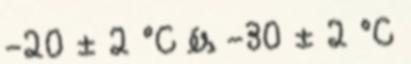
-20 ± 2 °C és -30 ± 2 °C